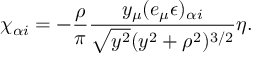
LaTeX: \chi _ { \alpha i } = - \frac { \rho } { \pi } \frac { y _ { \mu } ( e _ { \mu } \epsilon ) _ { \alpha i } } { \sqrt { y ^ { 2 } } ( y ^ { 2 } + \rho ^ { 2 } ) ^ { 3 / 2 } } \eta .